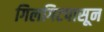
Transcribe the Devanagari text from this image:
गिलगिटपासून